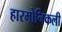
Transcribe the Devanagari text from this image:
हारमोनिकली